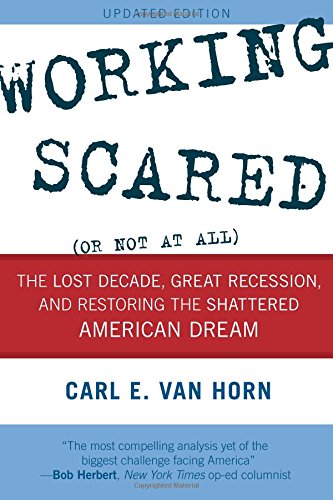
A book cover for Working Scared (Or Not at All): The Lost Decade, Great Recession, and Restoring the Shattered American Dream; Carl E. Van Horn; Business & Money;